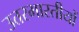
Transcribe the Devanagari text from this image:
उत्तरभारतीयों